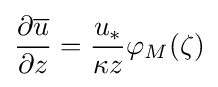
{\dfrac {\partial {\overline {u}}}{\partial z}}={\dfrac {u_{*}}{\kappa z}}\varphi _{M}(\zeta )